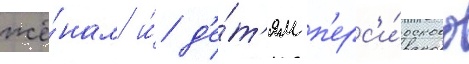
жё́нам и́ д'е́т'ям п'ерс'и́дского